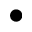
\bullet